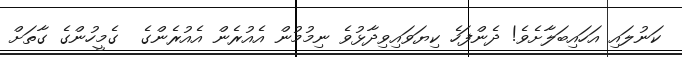
ކަނުލައި އަހައިބަލާށެވެ! ދެންފަހެ ކިޔަވައިވިދާޅުވެ ނިމުމުން އެއުރެން އެއުރެންގެ  ގެމީހުންގެ ގާތަށް